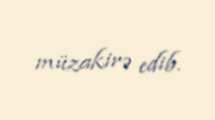
müzakirə edib.